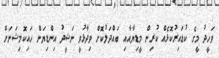
ވަހީދު މީގެ ކުޑައިރުކޮޅެއް ކުރިން މީޑިޔާއާއި ބައްދަލުކޮށް ވިދާޅުވީ ނަޝީދު އިންޑިޔަން ހައިކޮމިޝަނަށް